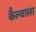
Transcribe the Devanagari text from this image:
कैल्वाला